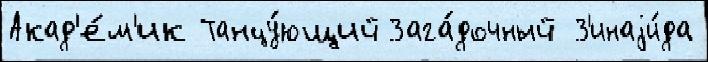
Акад'е́м'ик Танцу́ющий Зага́дочный З'инаjи́да